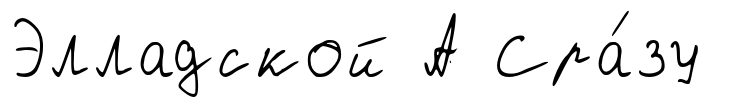
Элладской А Сра́зу